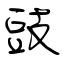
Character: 豉